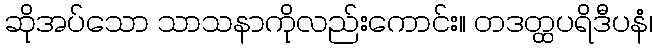
ဆိုအပ်သော သာသနာကိုလည်းကောင်း။ တဒတ္ထပရိဒီပနံ၊